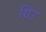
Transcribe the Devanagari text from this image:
ग्रिउ